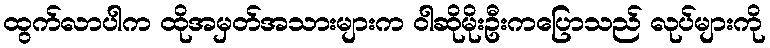
ထွက်လာပါက ထိုအမှတ်အသားများက ဝါဆိုမိုးဦးကပြောသည် လုပ်များကို